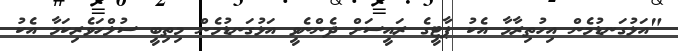
"އަޅުގަނޑުމެން އިހުތިރާމާ އެކު ޕާޓީގެ ރައީސަށް ދެންނެވީ އަޅުގަނޑުމެން މިތިބީ ސުލްހަވެރިކަމާ އެކު